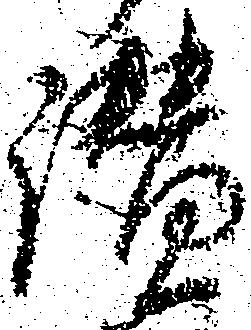
讃